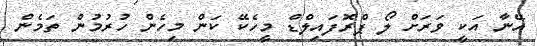
އޭނާ އަކީ ވަރަށް ލޯ ޕްރޮފައިލްޑް މީހެކޭ ކަން މިހެން ހުރުމުން ތަމެން